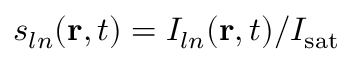
s _ { l n } ( \mathbf { r } , t ) = I _ { l n } ( \mathbf { r } , t ) / I _ { \mathrm { s a t } }